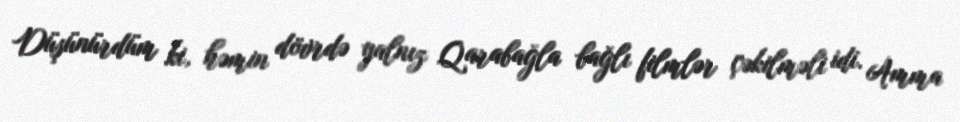
Düşünürdüm ki, həmin dövrdə yalnız Qarabağla bağlı filmlər çəkilməli idi. Amma